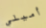
أميلي